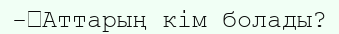
-	Аттарың кім болады?